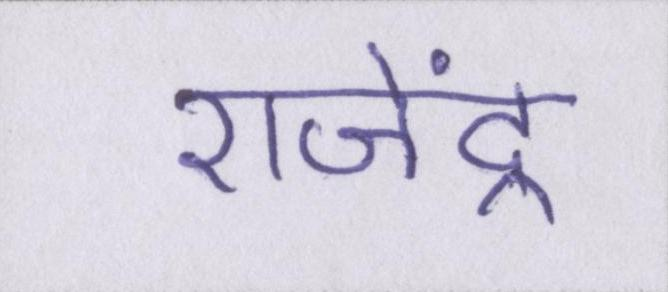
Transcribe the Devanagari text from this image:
राजेंद्र